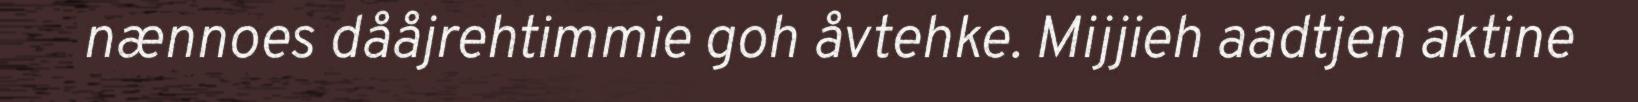
nænnoes dååjrehtimmie goh åvtehke. Mijjieh aadtjen aktine